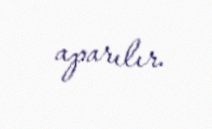
aparılır.